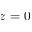
z = 0